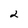
Character: 2